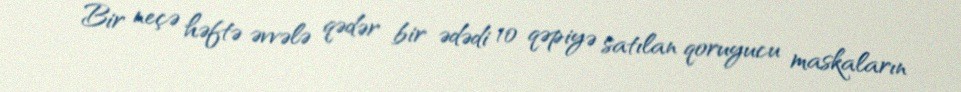
Bir neçə həftə əvvələ qədər bir ədədi 10 qəpiyə satılan qoruyucu maskaların